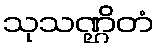
သုသဏ္ဌိတံ